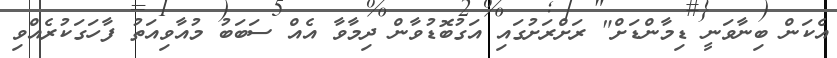
އެކަން ބިނާވަނީ ޑިމާންޑަށް" ރަށްރަށުގައި އަގުބޮޑުވާން ދިމާވާ އެއް ސަބަބު މުއާވިއަތު ފާހަގަކުރެއްވި